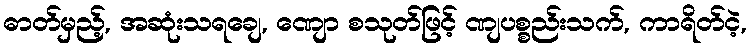
ဓာတ်မှည့်, အဆုံးသရချေ, ဏျော စသုတ်ဖြင့် ဏျပစ္စည်းသက်, ကာရိတ်ငဲ့,